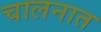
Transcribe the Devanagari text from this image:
चालनात